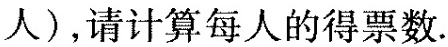
人 ），请计算每人的得票数.